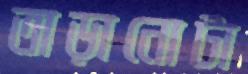
তাড়ানোটা